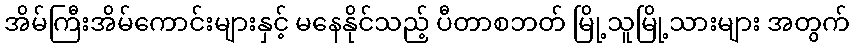
အိမ်ကြီးအိမ်ကောင်းများနှင့် မနေနိုင်သည့် ပီတာစဘတ် မြို့သူမြို့သားများ အတွက်